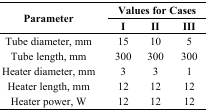
| <ROWSPAN=2> Parameter | <COLSPAN=3> Values for Cases |
 | I | II | III |
 | --- | --- | --- | --- |
 | Tube diameter, mm | 15 | 10 | 5 |
 | Tube length, mm | 300 | 300 | 300 |
 | Heater diameter, mm | 3 | 3 | 1 |
 | Heater length, mm | 12 | 12 | 12 |
 | Heater power, W | 12 | 12 | 12 |